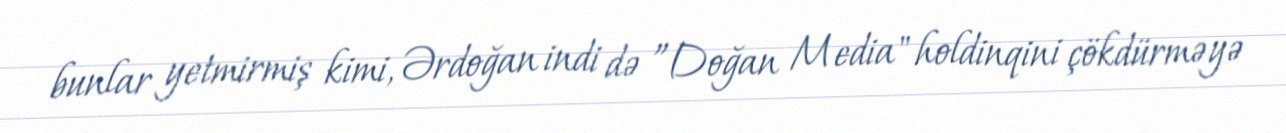
bunlar yetmirmiş kimi, Ərdoğan indi də ”Doğan Media" holdinqini çökdürməyə